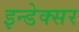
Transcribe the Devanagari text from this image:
इन्डेक्सर